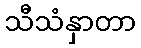
သီသံနှာတာ